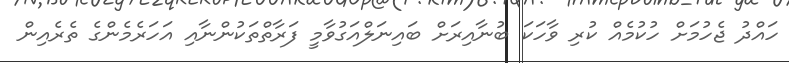
ހައްދު ޖެހުމަށް ހުކުމެއް ކުރި ވާހަކަ ބުނާއިރަށް ބައިނަލްއަގުވާމީ ފަރާތްތަކުންނާއި އަހަރެމެންގެ ތެރެއިން